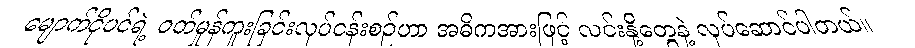
မျောက်ငိုပင်ရဲ့ ဝတ်မှုန်ကူးခြင်းလုပ်ငန်းစဉ်ဟာ အဓိကအားဖြင့် လင်းနို့တွေနဲ့ လုပ်ဆောင်ပါတယ်။